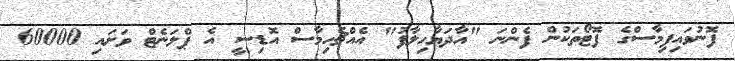
ފޮނުވައިފިމާސްގެ ފޮޓޯތަކުން ފެންނަ "އާދަޔާހިލާފު" އެއްޗެހިމާސް އޮޑިސީ އެ ޕްލަނެޓް ވަށައި 60000